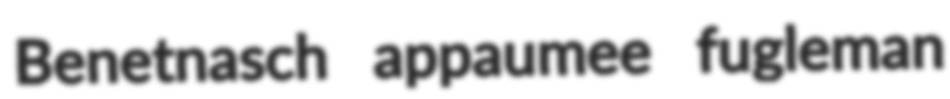
Benetnasch appaumee fugleman